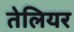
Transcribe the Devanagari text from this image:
तेलियर